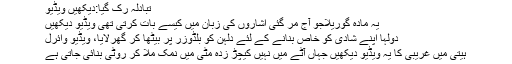
تبادلہ رک گیا:دیکھیں ویڈیو
یہ مادہ گوریلاجو آج مر گئی اشاروں کی زبان میں کیسے بات کرتی تھی ویڈیو دیکھیں
دولہا اپنے شادی کو خاص بنانے کے لئے دلہن کو بلڈوزر پر بیٹھا کر گھرلایا، ویڈیو وائرل
ہیتی میں غریبی کا یہ ویڈیو دیکھیں جہاں آٹے میں نہیں کیچڑ زدہ مٹی میں نمک ملا کر روٹی بنائی جاتی ہے